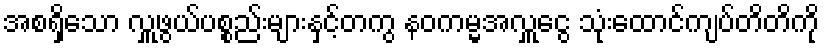
အစရှိသော လှူဖွယ်ပစ္စည်းများနှင့်တကွ နဝကမ္မအလှူငွေ သုံးထောင်ကျပ်တိတိကို